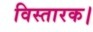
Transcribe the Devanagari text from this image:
विस्तारक।